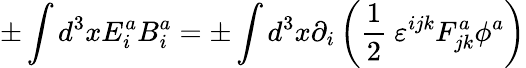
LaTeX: \pm\int d^{3}xE_{i}^{a}B_{i}^{a}=\pm\int d^{3}x\partial_{i}\left(\frac{1}{2}\ \varepsilon^{ijk}F_{jk}^{a}\phi^{a}\right)